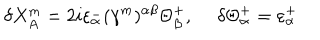
\delta { X _ { A } ^ { m } } = 2 i \varepsilon _ { \alpha } ^ { - } ( \gamma ^ { m } ) ^ { \alpha \beta } \Theta _ { \beta } ^ { + } , \ \delta \Theta _ { \alpha } ^ { + } = \varepsilon _ { \alpha } ^ { + }